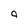
Character: 9